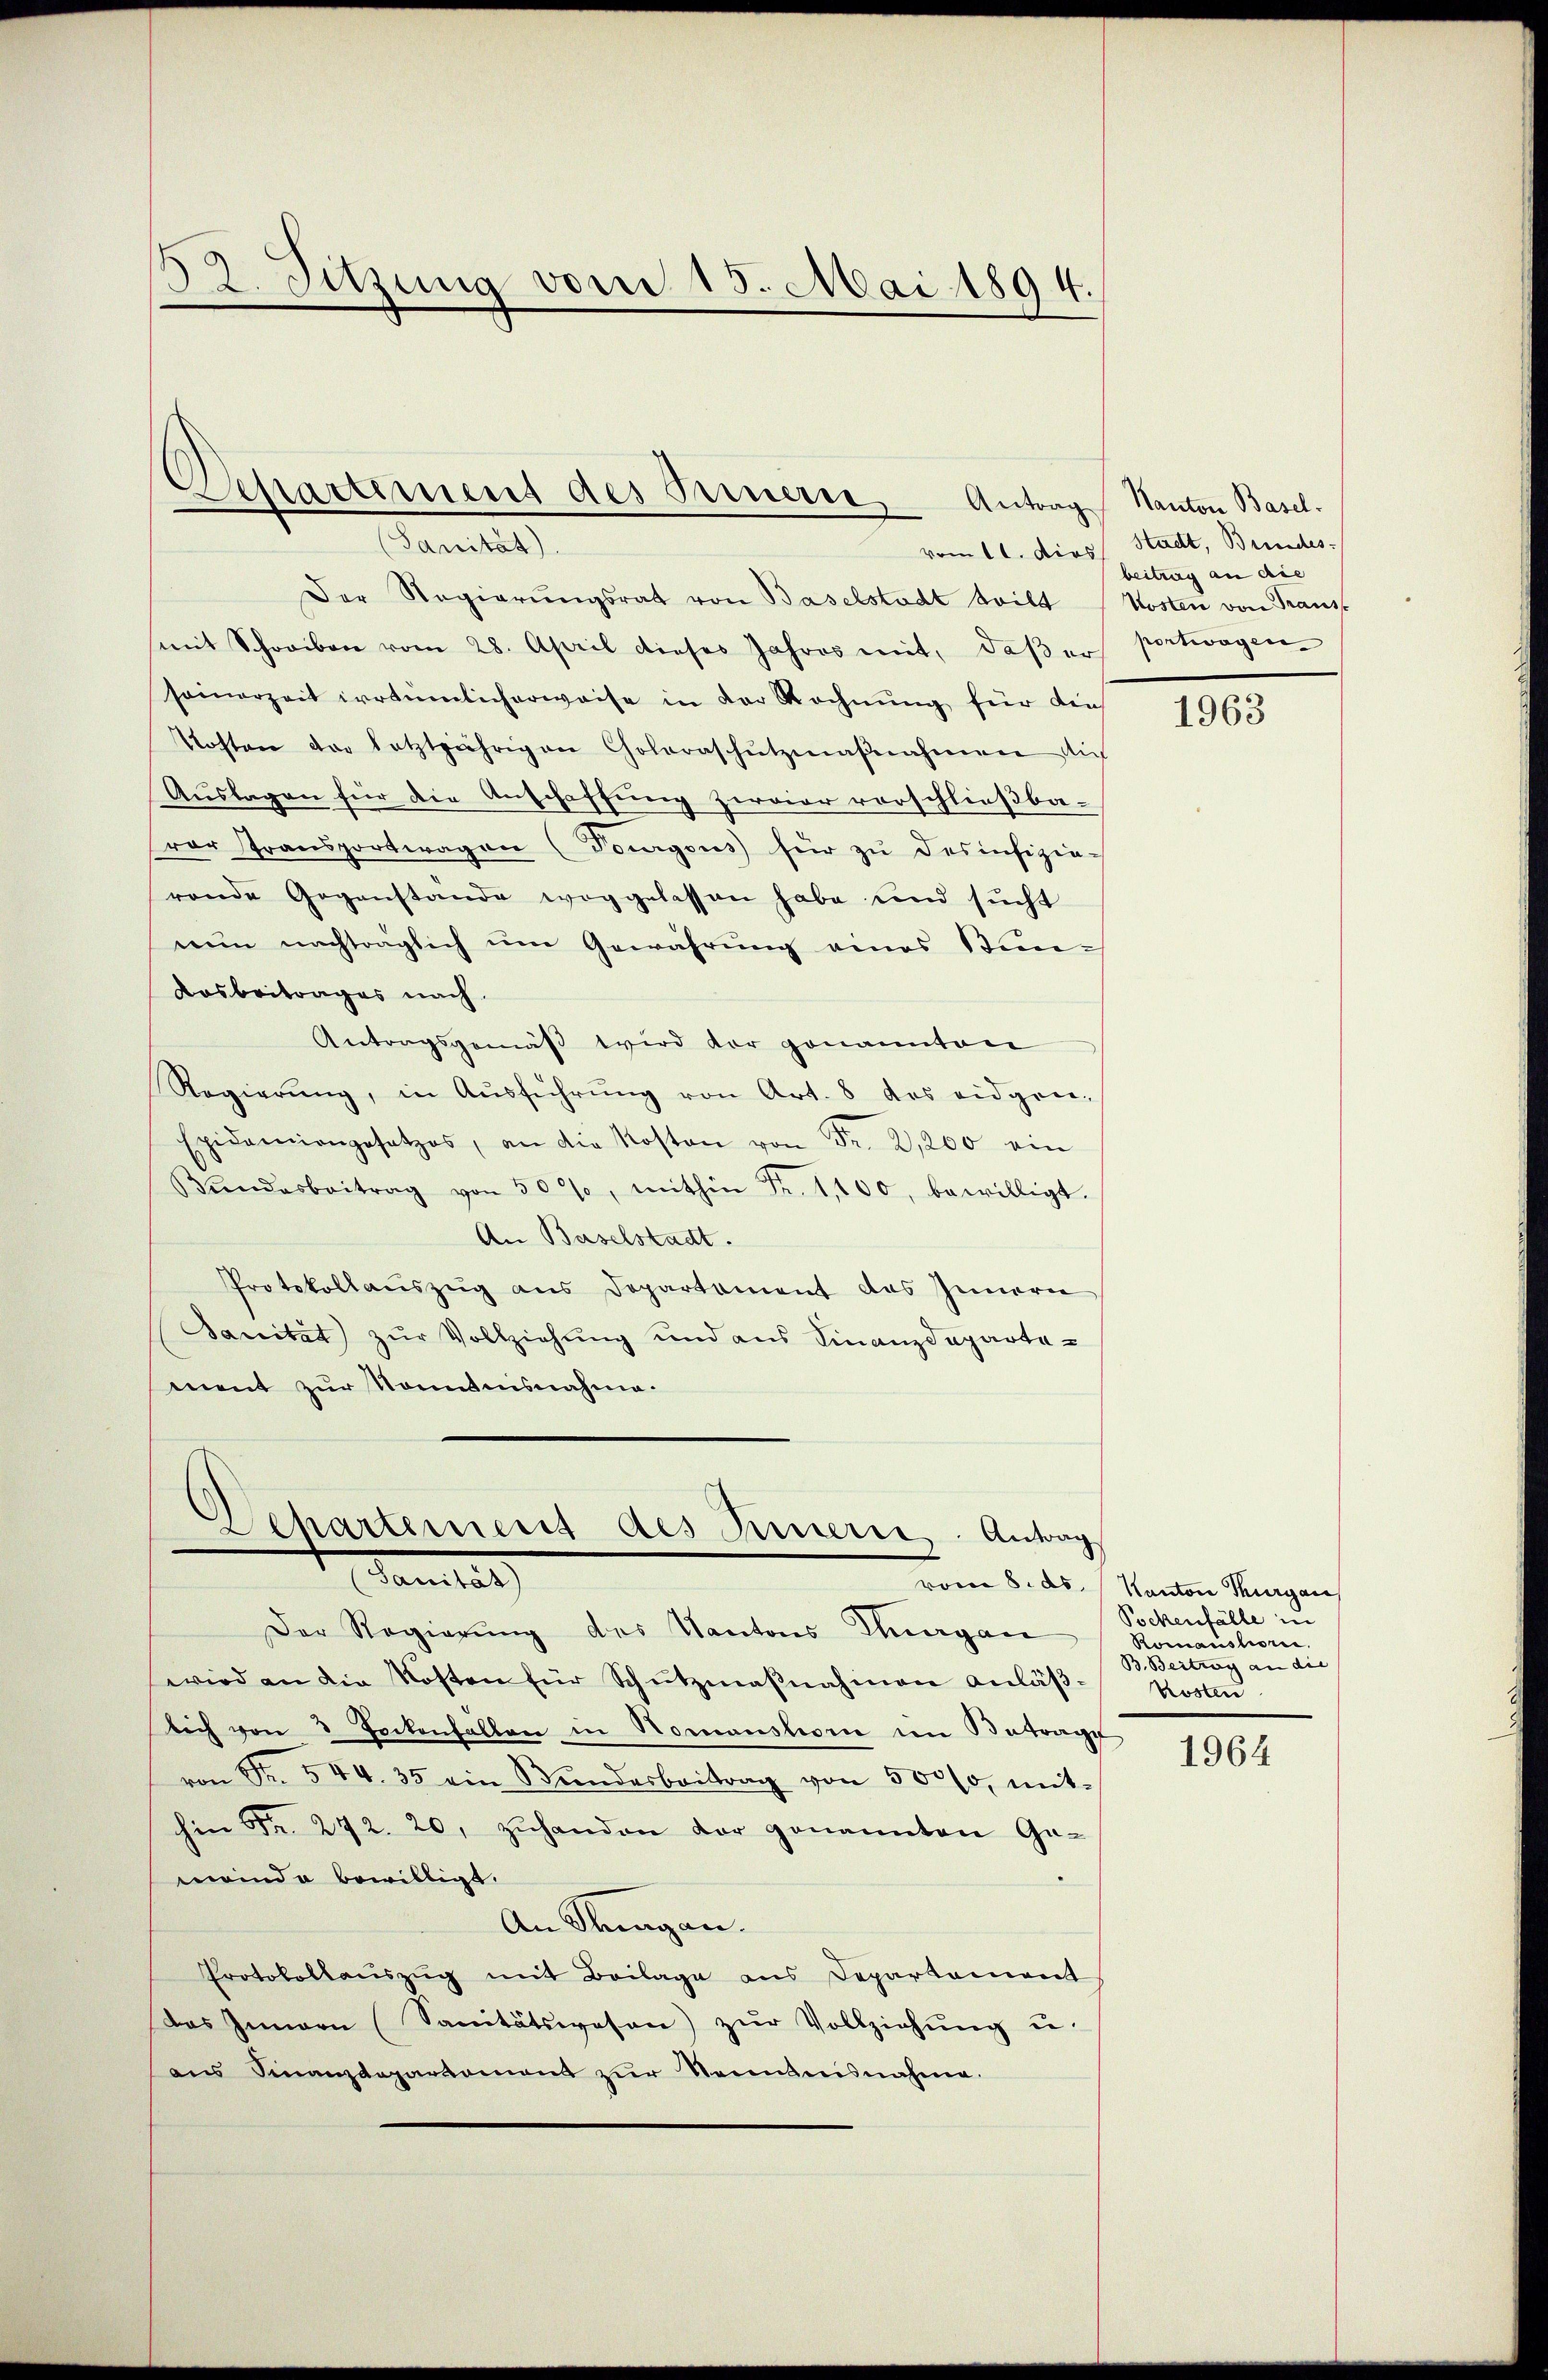
Der Regierungsrat von Baselstadt teilt Kosten von Franz
mit Schreiben vom 28. April dieses Jahres mit, daβ er
somerzeit irrtümlicherweise in der Rechnŭng für die
Kosten der letztjährigen Coloraschutzmaβnahmen sich
Auslagen für die Anschaffung zweier vorschließbavor Transportwagen (Tourgous für zŭ des infizie-
rende Gegenstande weggelassen habe und sucht
nun nachträglich um Gewährung eines Bun¬
Dosbeitrages nach
Antragsgemäβ wird vor genannten
Regierŭng, in Aŭsführŭng von Art. 8 des eidgrie-
Epidemiengesetzes, an die Kosten von Fr. 2,200 ein
Bŭndarbeitrag von 50%, mithin Fr. 1,100, bewilligt.
An Baselstadt.
Protokollauszug aus Departament das Innern
Sanität zur Vollziehung und aus Finanzdeparte-
ment zur Sonntnisnahme.

52. Sitzung vom 15. Mai 1894.

Separtemend des Orinern, Antrag Kanton Basel.
samtes

Dehartement des Sinnerie. Antrag
Sanitat

Der Regierung des Kantons Thurgan
wird an die Kosten für Schützmaßnahmen anläßlich von 3 Pockenfallen in Nomanshorn in Betrage
von Fr. 544. 35 ein Bŭndesbeitrag von 500 fr, mit-
hin Fr. 272. 20. zŭhanden der genannten Ge-
meinde bewilligt.
An Thurgau.
Protokollauszug mit Beilage aus Departement
das Innern (Sanitätswesen) zŭr Vollziehŭng u.
ans Finanzdepartament zŭr Kenntnisnahme.

vom 11. dies Stadt, Bundes

beitrag an die
portwagen

1963

vom 8. ds. Kanton Thurgau
Pockenfälle in
Romanstorii,
B. Beitrag an die
Kosten

1964